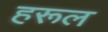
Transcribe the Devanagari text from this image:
हरूल